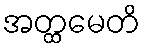
အတ္ထမေတိ